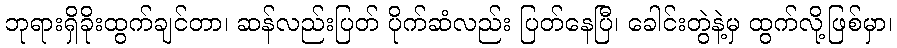
ဘုရားရှိခိုးထွက်ချင်တာ၊ ဆန်လည်းပြတ် ပိုက်ဆံလည်း ပြတ်နေပြီ၊ ခေါင်းတွဲနဲ့မှ ထွက်လို့ဖြစ်မှာ၊